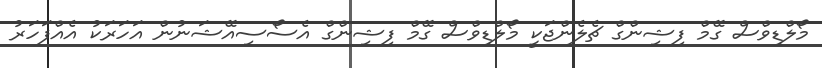
މޯލްޑިވްސް ގޭމް ފިޝިންގް ޗެލެންޖަކީ މޯލްޑިވްސް ގޭމް ފިޝިންގް އެސޯސިއޭޝަނުން އަހަރަކު އެއްފަހަރު